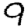
Digit: 9